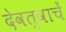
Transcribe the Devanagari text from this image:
देवत्वाचें